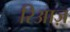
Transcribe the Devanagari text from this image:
रिआज़